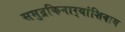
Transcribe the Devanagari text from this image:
समुद्रकिनार्‍यांशिवाय